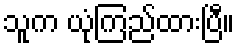
သူက ယုံကြည်ထားပြီ။